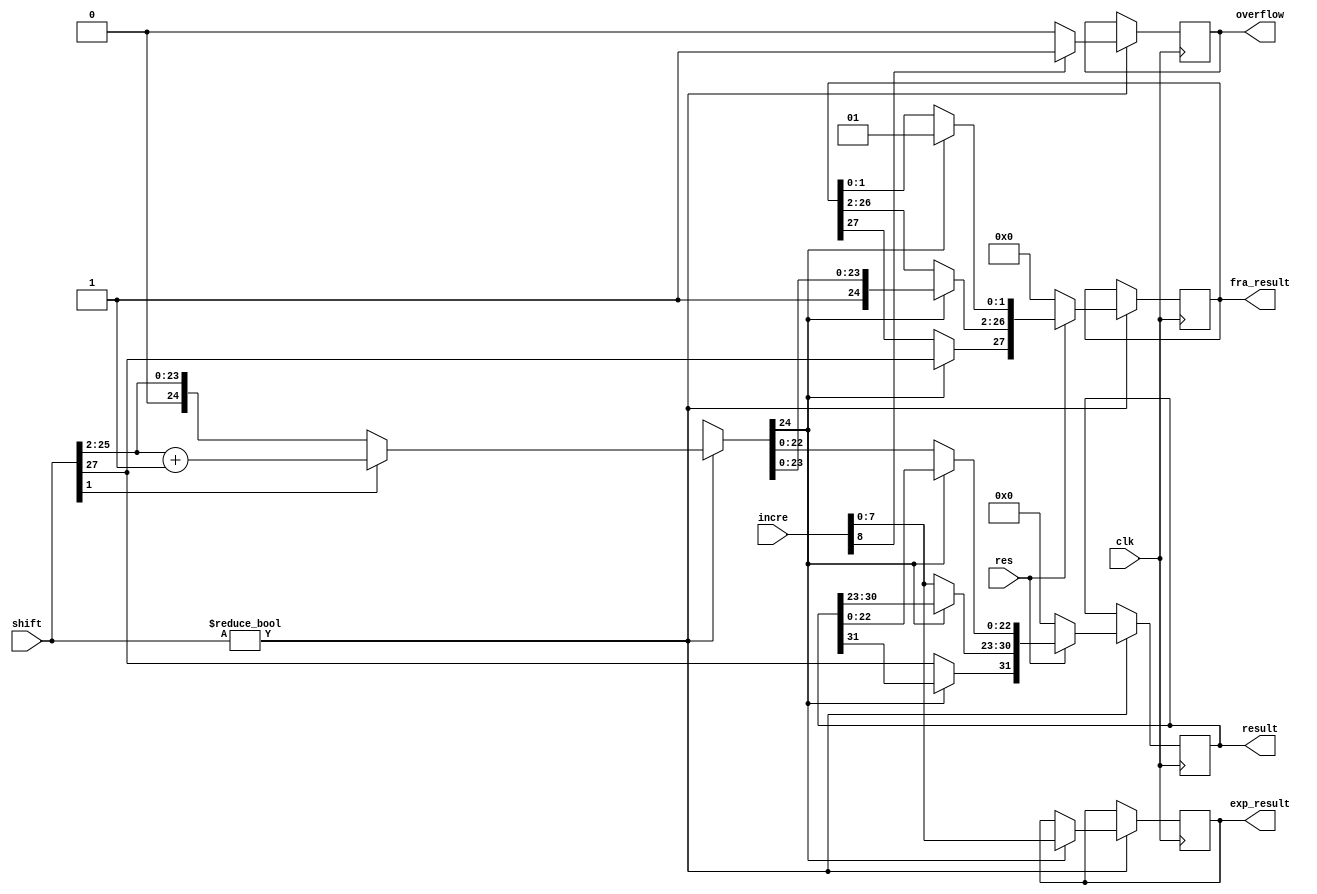
`timescale 1ns / 1ps
//////////////////////////////////////////////////////////////////////////////////
// Company: 
// Engineer: 
// 
// Design Name: 
// Module Name: Rounding
// Project Name: 
// Target Devices: 
// Tool Versions: 
// Description: 
// 
// Dependencies: 
// 
// Revision:
// Revision 0.01 - File Created
// Additional Comments:
// 
//////////////////////////////////////////////////////////////////////////////////


module Rounding(clk,res,shift,incre,
  exp_result,fra_result,result,overflow);
  input clk,res;
  input [8:0] incre;
  input [27:0] shift;
  reg [24:0] fra;//Include "1" but not the two reserved places.
  output reg overflow;
  output reg [7:0] exp_result;
  output reg [27:0] fra_result;
  output reg [31:0] result;
  
  always @(posedge clk) begin
    if(shift)
      begin
    if(incre[8])//incase the second time exp is not overflow.
      overflow = 1;
    else
      overflow = 0;//reset
    fra [24] = 0;
    fra[23:0] = shift[25:2];
    if(shift[1])
      fra = fra+1;
    if(fra[24])
      begin
        fra_result[27] = shift[27];
        fra_result[26:2] = fra[24:0];
        fra_result[1:0] = 1;
        exp_result = incre[7:0];
      end
    else
      begin
        result[31] = shift[27];
        result[30:23] = incre[7:0];
        result[22:0] = fra[22:0];
      end
    if(!res)
      begin
        fra_result = 0;
        result = 0;
      end
    end
  end
  endmodule